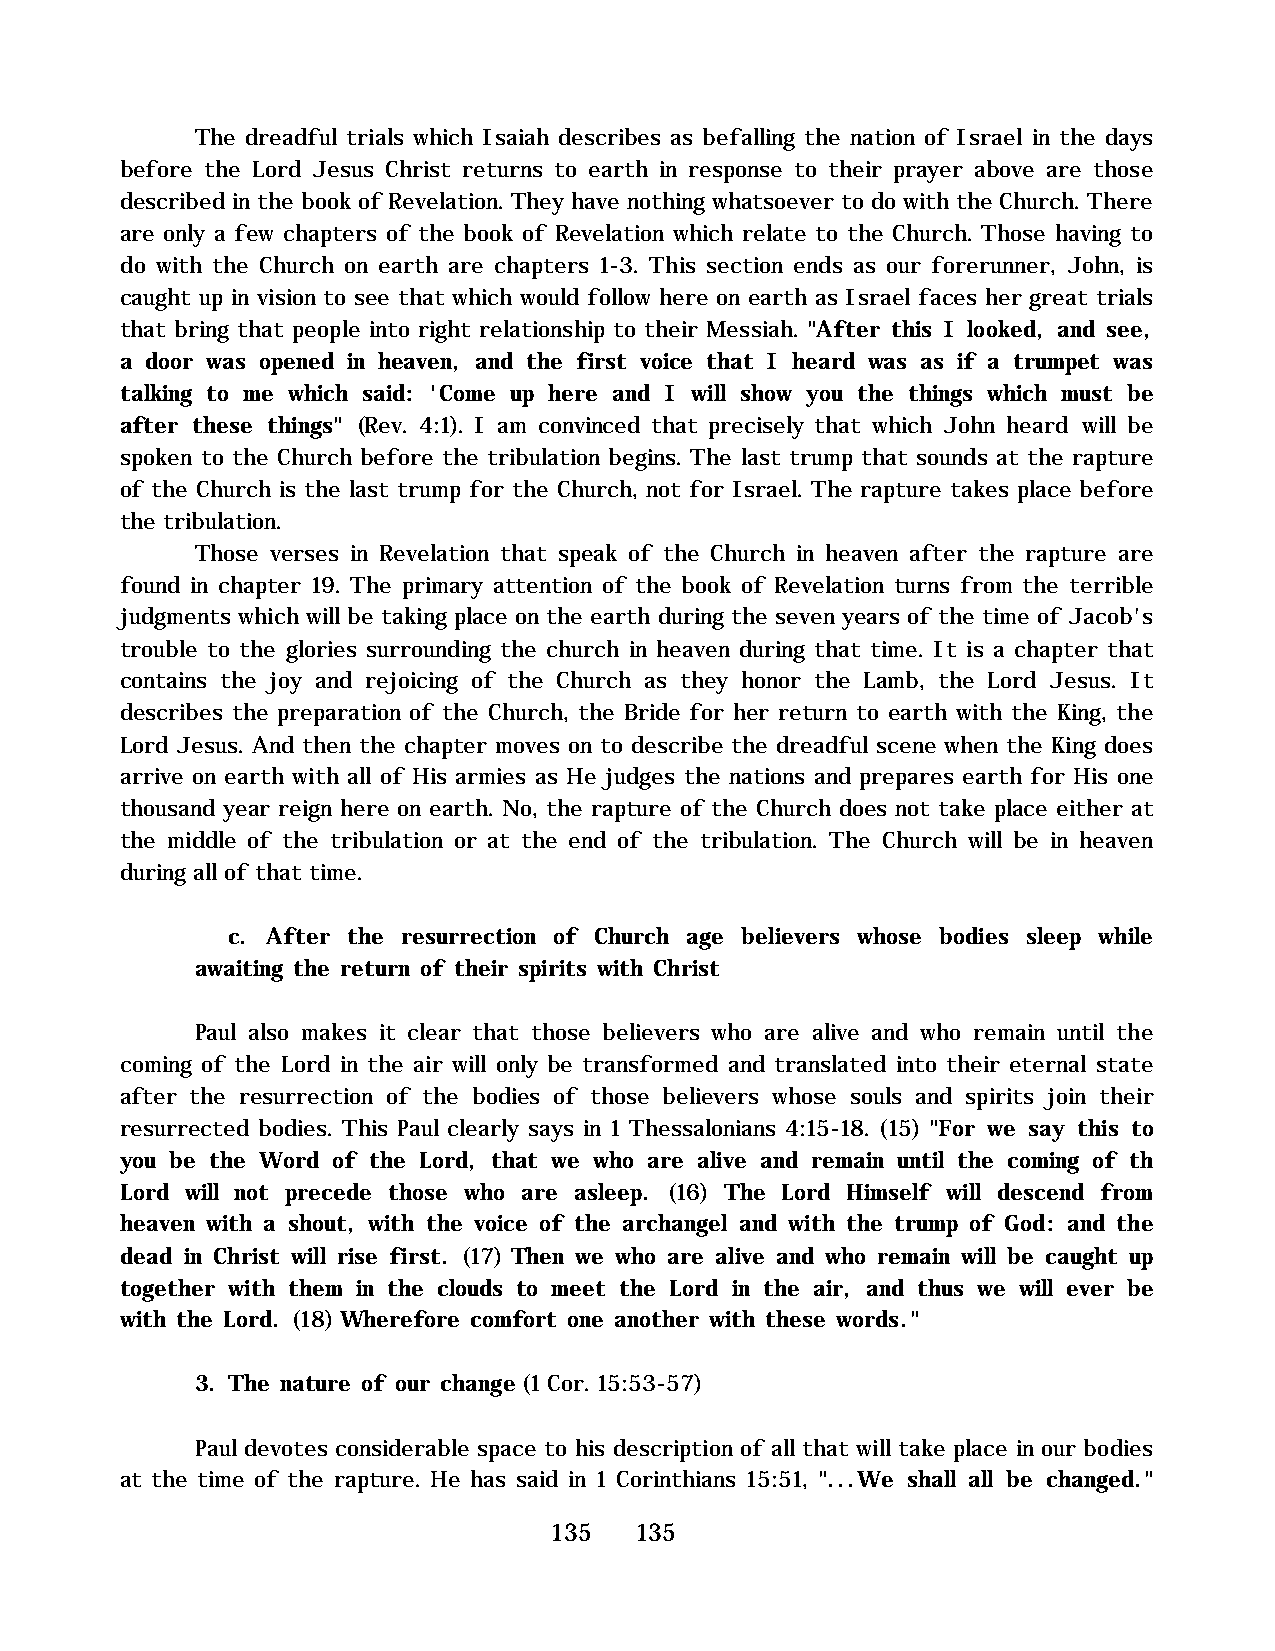
The dreadful trials which Isaiah describes as befalling the nation of Israel in the days
 before the Lord Jesus Christ returns to earth in response to their prayer above are those
 described in the book of Revelation. They have nothing whatsoever to do with the Church. There
 are only a few chapters of the book of Revelation which relate to the Church. Those having to
 do with the Church on earth are chapters 1-3. This section ends as our forerunner, John, is
 caught up in vision to see that which would follow here on earth as Israel faces her great trials
 that bring that people into right relationship to their Messiah. "After this I looked, and see,
 a door was opened in heaven, and the first voice that I heard was as if a trumpet was
 talking to me which said: 'Come up here and I will show you the things which must be
 after these things" (Rev. 4:1). I am convinced that precisely that which John heard will be
 spoken to the Church before the tribulation begins. The last trump that sounds at the rapture
 of the Church is the last trump for the Church, not for Israel. The rapture takes place before
 the tribulation.
 Those verses in Revelation that speak of the Church in heaven after the rapture are
 found in chapter 19. The primary attention of the book of Revelation turns from the terrible
 judgments which will be taking place on the earth during the seven years of the time of Jacob's
 trouble to the glories surrounding the church in heaven during that time. It is a chapter that
 contains the joy and rejoicing of the Church as they honor the Lamb, the Lord Jesus. It
 describes the preparation of the Church, the Bride for her return to earth with the King, the
 Lord Jesus. And then the chapter moves on to describe the dreadful scene when the King does
 arrive on earth with all of His armies as He judges the nations and prepares earth for His one
 thousand year reign here on earth. No, the rapture of the Church does not take place either at
 the middle of the tribulation or at the end of the tribulation. The Church will be in heaven
 during all of that time.
 c. After the resurrection of Church age believers whose bodies sleep while
 awaiting the return of their spirits with Christ
 Paul also makes it clear that those believers who are alive and who remain until the
 coming of the Lord in the air will only be transformed and translated into their eternal state
 after the resurrection of the bodies of those believers whose souls and spirits join their
 resurrected bodies. This Paul clearly says in 1 Thessalonians 4:15-18. (15) "For we say this to
 you be the Word of the Lord, that we who are alive and remain until the coming of th
 Lord will not precede those who are asleep. (16) The Lord Himself will descend from
 heaven with a shout, with the voice of the archangel and with the trump of God: and the
 dead in Christ will rise first. (17) Then we who are alive and who remain will be caught up
 together with them in the clouds to meet the Lord in the air, and thus we will ever be
 with the Lord. (18) Wherefore comfort one another with these words."
 3. The nature of our change (1 Cor. 15:53-57)
 Paul devotes considerable space to his description of all that will take place in our bodies
 at the time of the rapture. He has said in 1 Corinthians 15:51, "...We shall all be changed."
 135   135